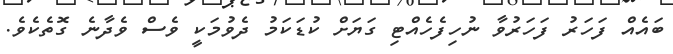
ބައެއް ފަހަރު ފަހަރުވާ ނުހިފެހެއްޓި ގަޔަށް ކުޑަކަމު ދެވުމަކީ ވެސް ވެދާނެ ގޮތެކެވެ.